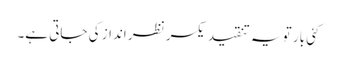
کئی بار تو یہ تنقید یکسر نظر انداز کی جاتی ہے۔